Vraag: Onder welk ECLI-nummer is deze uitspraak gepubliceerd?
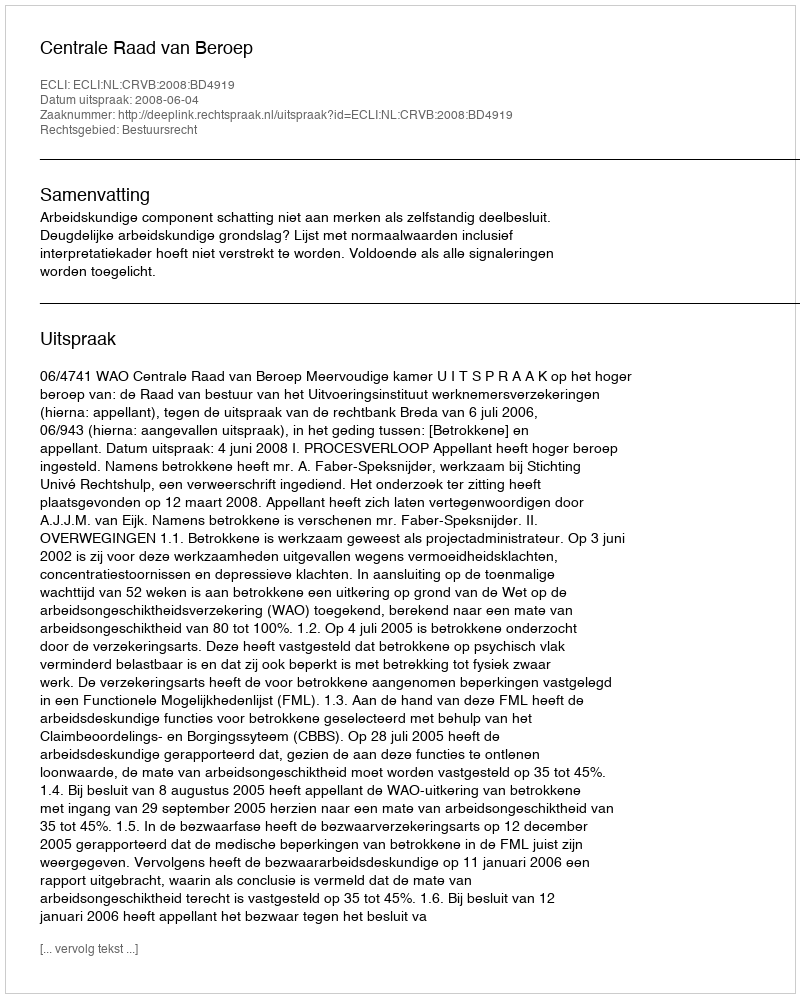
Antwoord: ECLI:NL:CRVB:2008:BD4919